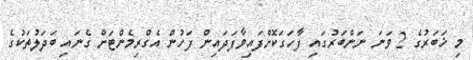
މި ޚަބަރުގެ 2 ވަނަ ނަންބަރުގައި ފާހަގަކޮށްފައިވާފަދައިން ފަހުން އެގްރިމެންޓަށް ގެނައި ބަދަލުތަކުގެ